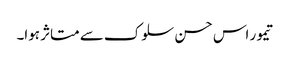
تیمور اس حسن سلوک سے متاثر ہوا۔